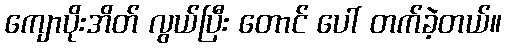
ကျောပိုးအိတ် လွယ်ပြီး တောင် ပေါ် တက်ခဲ့တယ်။